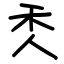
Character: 秂